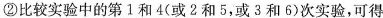
②比较实验中的第1和4(或2和5，或3和6)次实验，可得